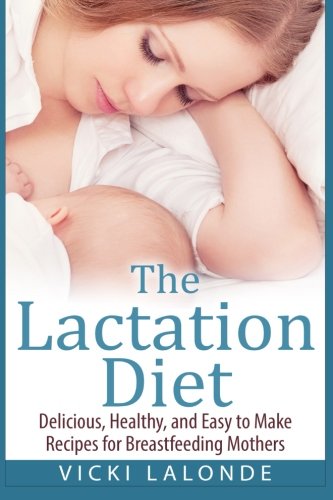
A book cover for The Lactation Diet: Delicious, Healthy, and Easy to Make Recipes for Breastfeeding Mothers; Vicki Lalonde; Cookbooks, Food & Wine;